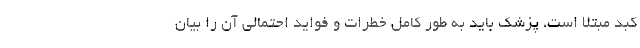
کبد مبتلا است، پزشک باید به طور کامل خطرات و فواید احتمالی آن را بیان